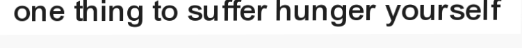
one thing to suffer hunger yourself